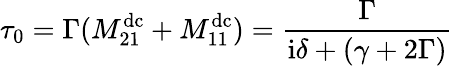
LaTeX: \tau_{0}=\Gamma(M_{21}^{\mathrm{dc}}+M_{11}^{\mathrm{dc}})=\frac{\Gamma}{\mathrm{i}\delta+(\gamma+2\Gamma)}